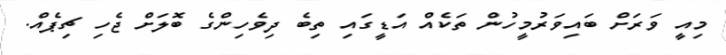
މިއީ ވަރަށް ބައިވަރުމީހުން ތަކެއް އަޑީގައި ތިބެ ދިވެހިންގެ ބޮލަށް ޖެހި ޗިޕެއް.